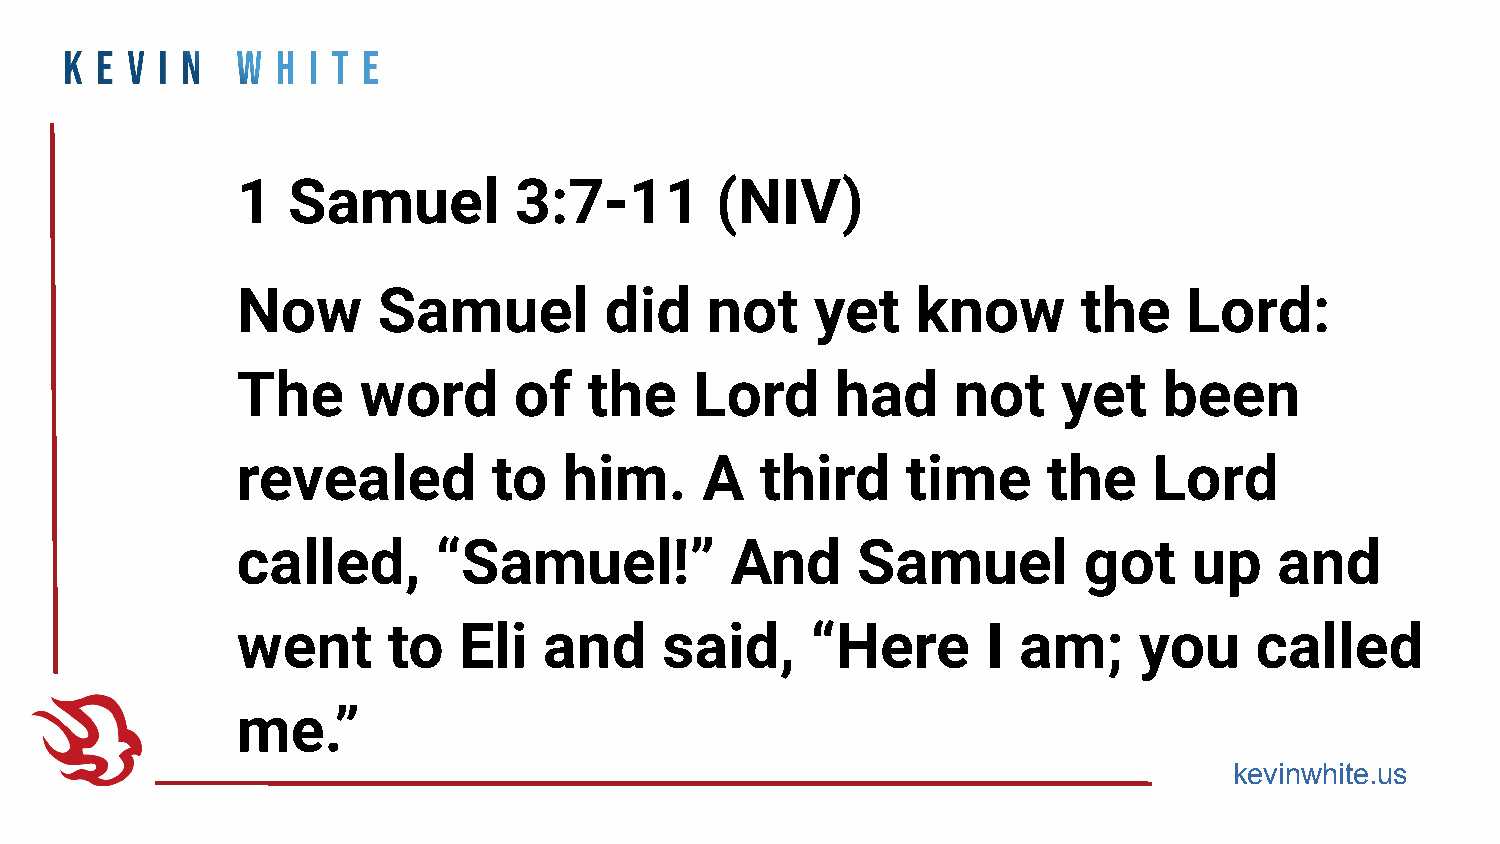
1  Samuel         3:7-11       (NIV)
 Now      Samuel         did    not    yet    know       the    Lord:
 The     word      of   the    Lord     had     not    yet    been
 revealed         to  him.      A  third     time     the    Lord
 called,      “Samuel!”          And      Samuel         got    up    and
 went      to  Eli   and     said,     “Here      I am;     you     called
 me.”
 kevinwhite.us